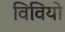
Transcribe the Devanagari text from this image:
विवियो